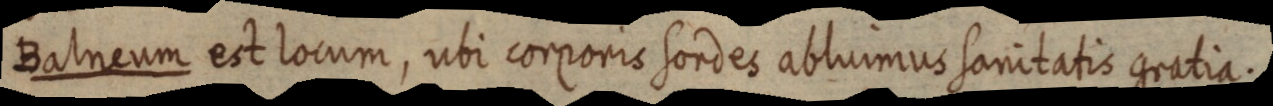
Balneum est locum, ubi corporis sordes abluimus sanitatis gratia.